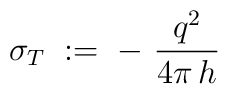
\sigma_T \;:=\; -~\frac{q^2}{4\pi\,h}